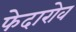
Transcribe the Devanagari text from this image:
फेदारोव